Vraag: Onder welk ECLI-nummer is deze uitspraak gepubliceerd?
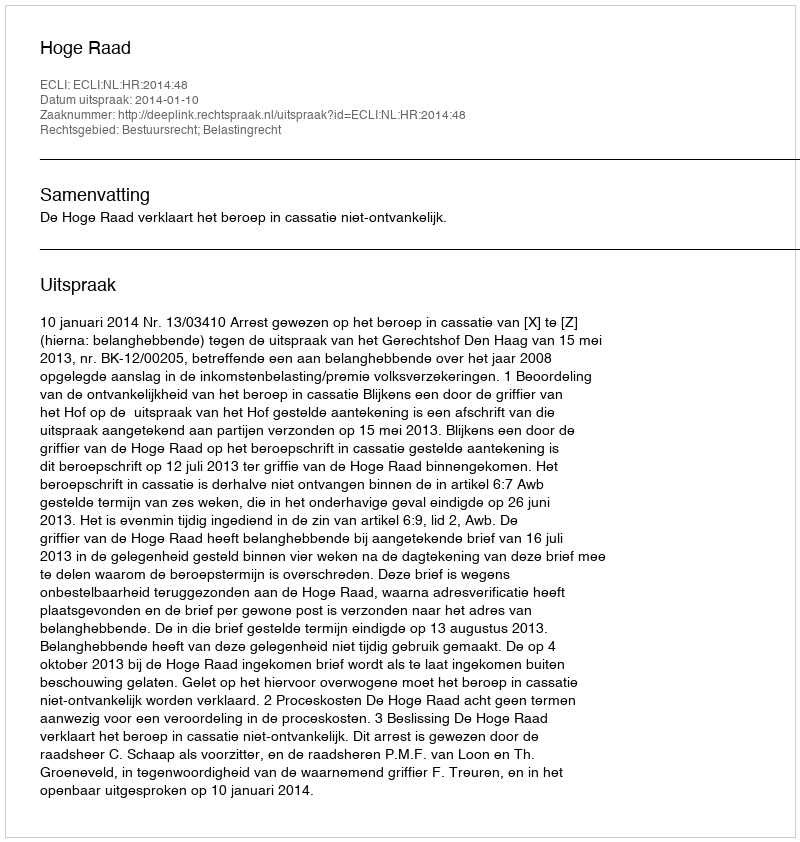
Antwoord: ECLI:NL:HR:2014:48